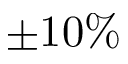
\pm 1 0 \%